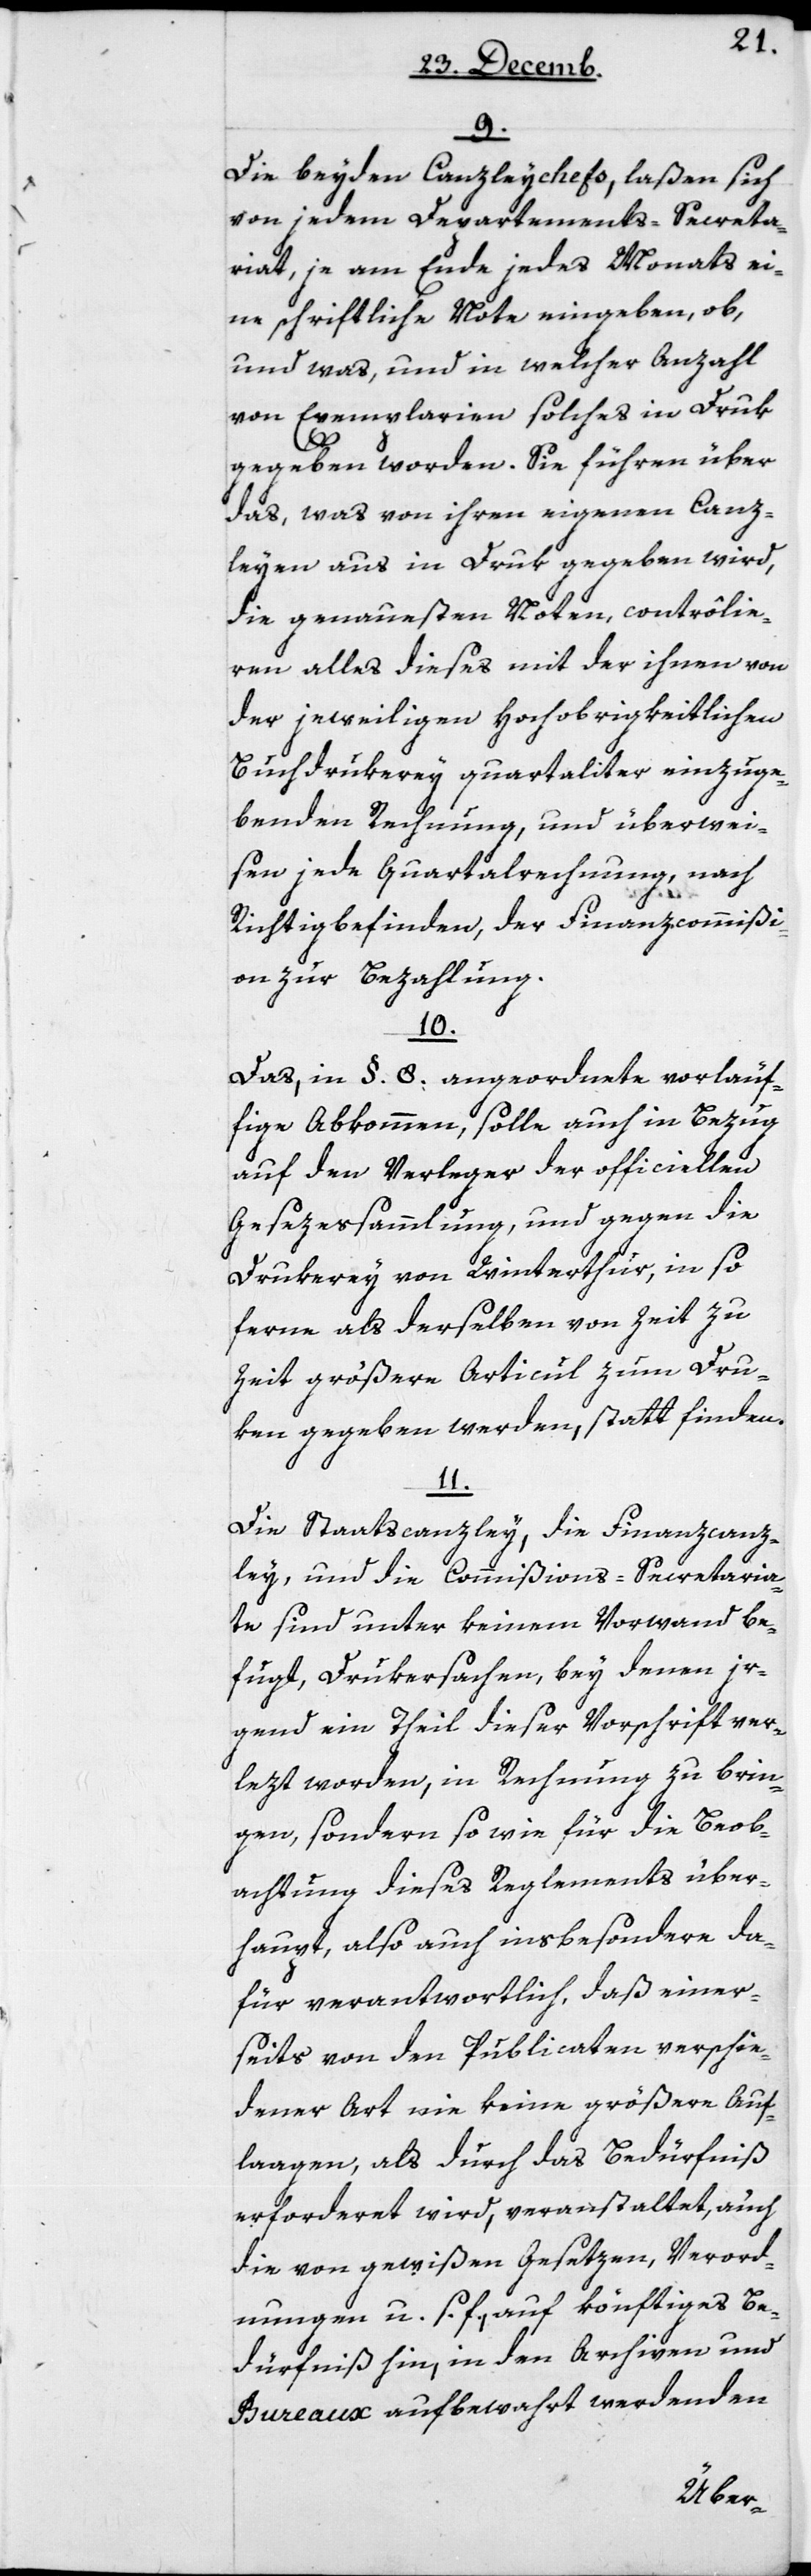
9.
Die beyden Canzleychefs, laßen sich
von jedem Departements-Secreta¬
riat, je am Ende jedes Monats ei¬
ne schriftliche Note eingeben, ob,
und was, und in welcher Anzahl
von Exemplarien solches in Druk
gegeben worden. Sie führen über
das, was von ihren eigenen Canz¬
leyen aus in Druk gegeben wird,
die genaueste Noten, contrôlie¬
ren alles dieses mit der ihnen von
der jeweiligen Hochobrigkeitlichen
Buchdrukerey quartaliter einzuge¬
benden Rechnung, und überwei¬
sen jede Quartalrechnung nach
Richtigbefinden, der Finanzcommißi¬
on zur Bezahlung.
10.
Das, in §. 8. angeordnete vorläuf¬
fige Abkommen, solle auch in Bezug
auf den Verleger der officiellen
Gesezessammlung, und gegen die
Drukerey von Winterthur, in so
ferne als derselben von Zeit zu
Zeit größere Articul zum Dru¬
ken gegeben werden, stattfinden.
11.
Die Staatscanzley, die Finanzcanz¬
ley, und die Commißions-Secretaria¬
te sind unter keinem Vorwand be¬
fugt, Drukersachen, bey denen ir¬
gend ein Theil dieser Vorschrift ver¬
lezt worden, in Rechnung zu brin¬
gen, sondern so wie für die Beob¬
achtung dieses Reglements über¬
haupt, also auch insbesondere da¬
für verantwortlich, daß einer¬
seits von den Publicaten verschie¬
dener Art wie keine größere Auf¬
laagen, als durch das Bedürfniß
erforderet wird, veranstaltet, auch
die von gewißen Gesetzen, Verord¬
nungen u. s. f., auf könftiges Be¬
dürfniß hin, in den Archiven und
Bureaux aufbewahrt werdenden